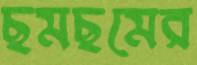
ছমছমের